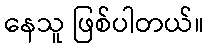
နေသူ ဖြစ်ပါတယ်။